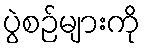
ပွဲစဉ်များကို